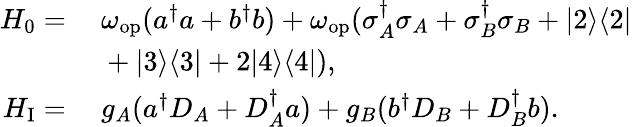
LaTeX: \begin{array}{rl}{H_{0}=}&{~\omega_{\mathrm{op}}(a^{\dagger}a+b^{\dagger}b)+\omega_{\mathrm{op}}(\sigma_{A}^{\dagger}\sigma_{A}+\sigma_{B}^{\dagger}\sigma_{B}+|2\rangle\langle 2|}\\ &{~+|3\rangle\langle 3|+2|4\rangle\langle 4|),}\\ {H_{\mathrm{I}}=}&{~g_{A}(a^{\dagger}D_{A}+D_{A}^{\dagger}a)+g_{B}(b^{\dagger}D_{B}+D_{B}^{\dagger}b).}\end{array}